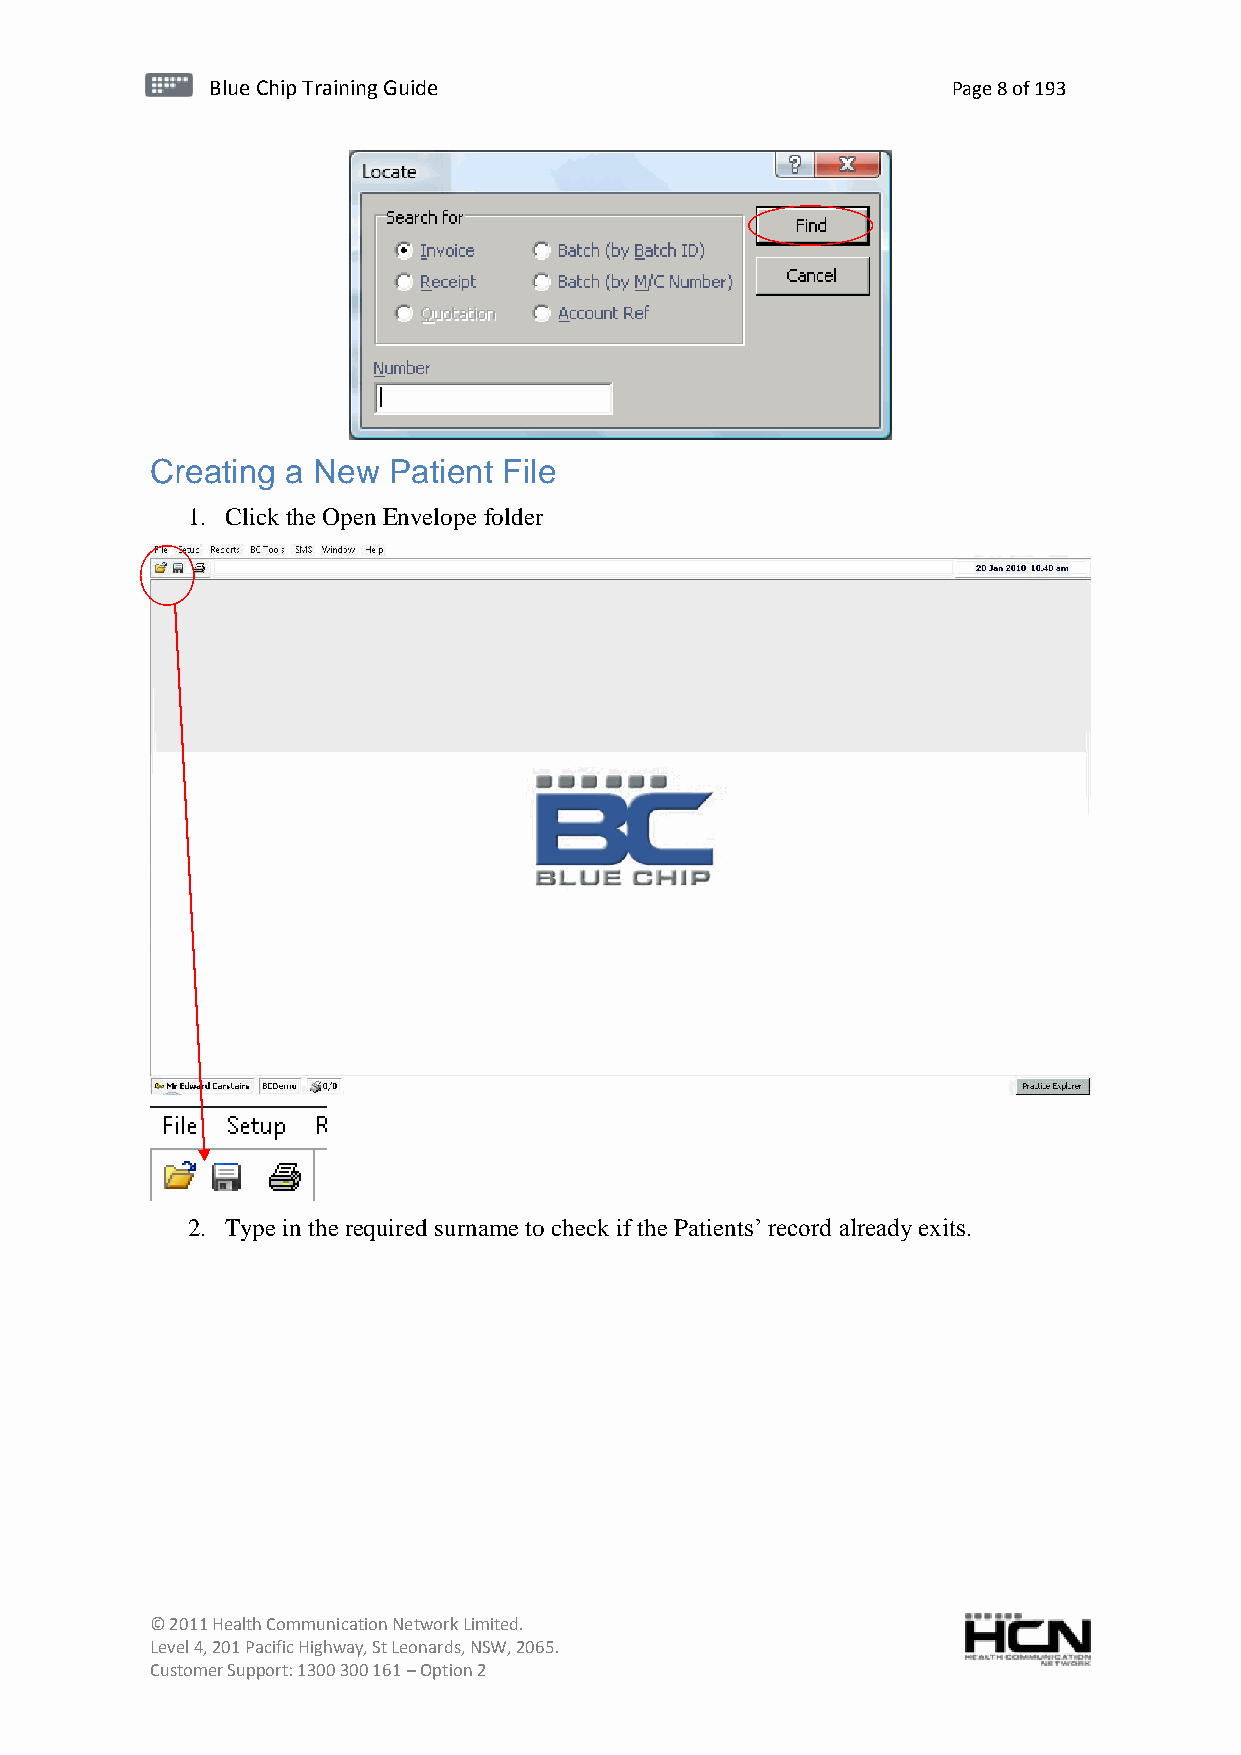
BBlluuee C Chihpi pTr Tairnainingi Gnugi dGeu ide Page 8 of 193
 Creating a New  Patient File
 1. Click the Open Envelope folder
 2. Type in the required surname to check if the Patients’ record already exits.
 © 2011 Health Communication Network Limited.
 Level 4, 201 Pacific Highway, St Leonards, NSW, 2065.
 Customer Support: 1300 300 161 – Option 2